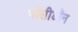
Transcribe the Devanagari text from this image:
पॉसीडॉन